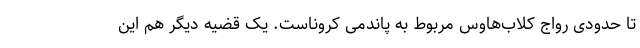
تا حدودی رواج کلاب‌هاوس مربوط به پاندمی کروناست. یک قضیه دیگر هم این